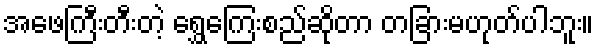
အဖေကြီးတီးတဲ့ ရွှေကြေးစည်ဆိုတာ တခြားမဟုတ်ပါဘူး။